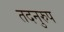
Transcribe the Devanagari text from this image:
तदनुरुप